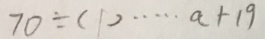
7 0 \div ( 1 ) \cdots a + 1 9